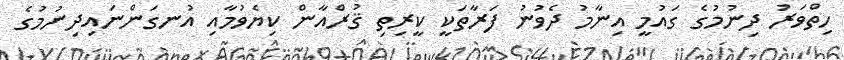
ހިތްވަރު ދިނުމުގެ ގައުމީ އިނާމު ދެވުނު ފަރާތަކީ ކީރިތި ޤުރްއާން ކިޔެވުމާއި އުނގަންނައިދިނުމުގެ